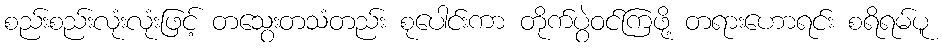
စည်းစည်းလုံးလုံးဖြင့် တသွေးတသံတည်း စုပေါင်းကာ တိုက်ပွဲဝင်ကြဖို့ တရားဟောရင်း စရိရမ်ပူ